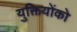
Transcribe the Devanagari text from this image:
युक्तियोंको